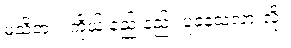
မသိဘူး။ ကိုယ် နည်းနည်း ပူနေသလားလို့။